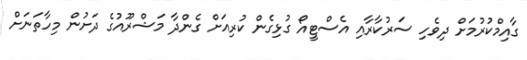
ގާއިމްކުރުމަށް ދިވެހި ސަރުކާރާއި އެސްޓީއޯ ގުޅިގެން ކުރިއަށް ގެންދާ މަޝްރޫއުގެ ދަށުން މިހާތަނަށް